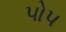
પોપ